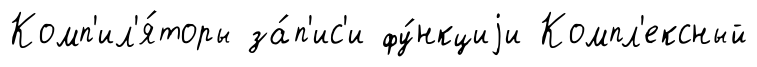
Комп'ил'я́торы за́п'ис'и фу́нкциjи Компл'ексный